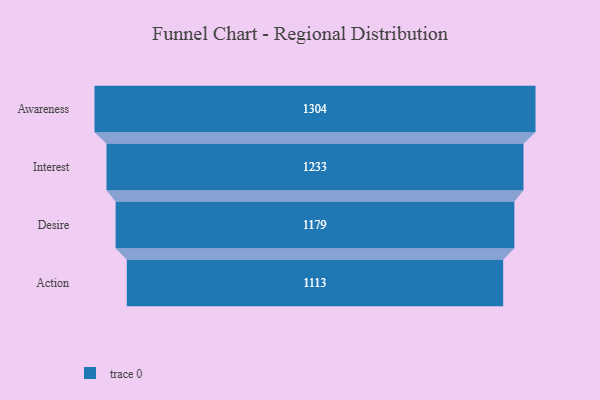
{"axis": {"x": "Stage", "y": "Value"}, "legend": [""], "data": [{"x": "Awareness", "y": 1304.0, "type": ""}, {"x": "Interest", "y": 1233.0, "type": ""}, {"x": "Desire", "y": 1179.0, "type": ""}, {"x": "Action", "y": 1113.0, "type": ""}]}